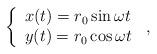
LaTeX: \begin{align*}\left\{ \begin{array}{ll}x(t)=r_{0}\sin\omega{t} \\y(t)=r_{0}\cos\omega{t}\end{array}\right.\,{,}\end{align*}